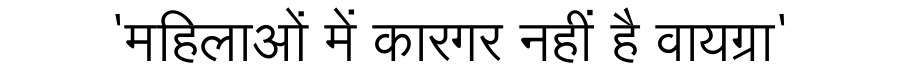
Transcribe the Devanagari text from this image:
'महिलाओं में कारगर नहीं है वायग्रा'